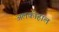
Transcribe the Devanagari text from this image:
अलकोहाल